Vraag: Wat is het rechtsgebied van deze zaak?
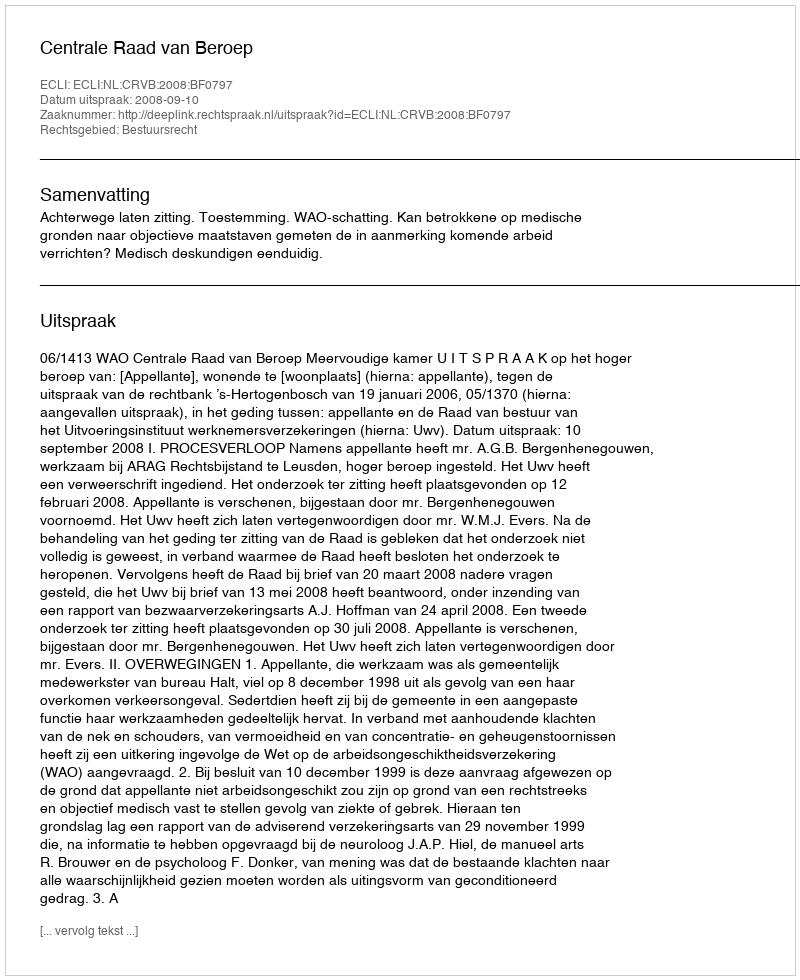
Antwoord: Bestuursrecht